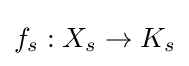
f_{s}:X_{s}\to K_{s}